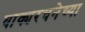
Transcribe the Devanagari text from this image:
वाक्यरचनेच्या